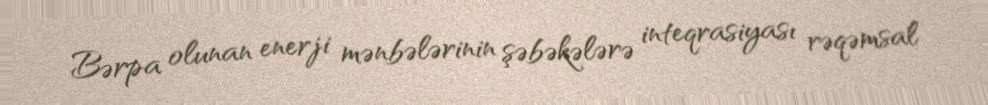
Bərpa olunan enerji mənbələrinin şəbəkələrə inteqrasiyası rəqəmsal